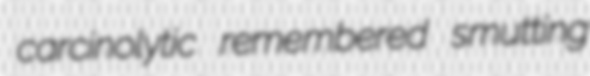
carcinolytic remembered smutting